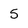
Character: 5